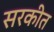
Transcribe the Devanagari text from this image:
सरकीत